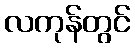
လကုန်တွင်